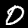
Label: 0